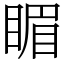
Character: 睸